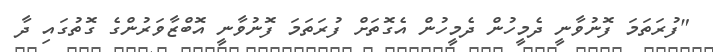
"ފުރަތަމަ ފޮނުވާނީ ދެމީހުން ދެމީހުން އެގޮތަށް ފުރަތަމަ ފޮނުވާނީ އޮބްޒާވަރުންގެ ގޮތުގައި ދާ